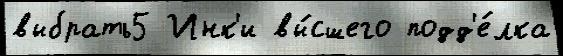
выбрать5 Инк'и вы́сшего подд'е́лка